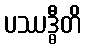
ပဿဒ္ဓီတိ